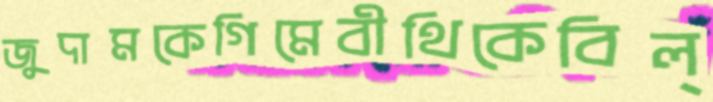
জুদামকেগিমেবীথিকেবিল্